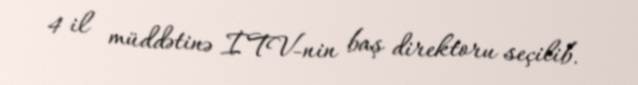
4 il müddətinə İTV-nin baş direktoru seçilib.